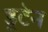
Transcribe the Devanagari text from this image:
ड्रटेन